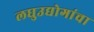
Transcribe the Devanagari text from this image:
लघुउद्योगांचा